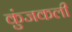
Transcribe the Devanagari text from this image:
कुंजकली